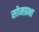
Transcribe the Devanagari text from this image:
सोमप्रभा